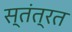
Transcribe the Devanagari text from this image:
स्‍तंत्रत